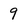
Character: 9